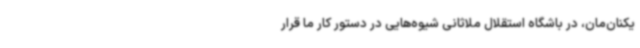
یکنان‌مان، در باشگاه استقلال ملاثانی شیوه‌هایی در دستور کار ما قرار